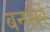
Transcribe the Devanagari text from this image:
बनसरे